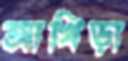
আখিড়া